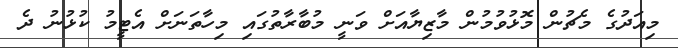
މިއަދުގެ މެޗުން މޮޅުވުމުން މާޒިޔާއަށް ވަނީ މުބާރާތުގައި މިހާތަނަށް އެޓީމު ކުޅުނު ދެ